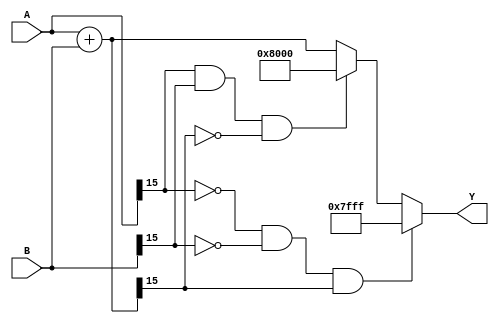
`timescale 1ns / 1ps
//////////////////////////////////////////////////////////////////////////////////
// Company: Tecnolgico de Costa Rica
//
// Design Name:
// Module Name: Sum
// Project Name:
// Target Devices:
// Tool versions:
// Description:
//
// Dependencies:
//
// Revision:
// Revision 0.01 - File Created
// Additional Comments:
//
//////////////////////////////////////////////////////////////////////////////////
module Sum#(
	parameter Width = 16 //El ancho de bits
)
( 
	//Operandos
	input wire signed [Width-1:0] A, 
	input wire signed [Width-1:0] B,
	//Resultado
	output reg signed [Width-1:0] Y
);
	wire signed [Width-1:0] sum;
	//Seales de overflow
	wire overflow, underflow;
		//A y B positivos y el resultado negativo
	assign overflow = (~A[Width-1])&(~B[Width-1])&(sum[Width-1]);
		//A y B negativos y el resultado positivo 
	assign underflow = (A[Width-1])&(B[Width-1])&(~sum[Width-1]); 
	//Suma binaria
	assign sum = A+B;


always@*
begin
	Y = 	overflow 	? {1'b0,{(Width-1){1'b1}}} : //Si hay overflow se satura el resultado en 0111...
		underflow 	? {1'b1,{(Width-1){1'b0}}} : //Si hay underflow se satura el resultado en 1000...
		sum;					     //en caso contrario se deja el mismo resultado de la suma binaria
end
endmodule